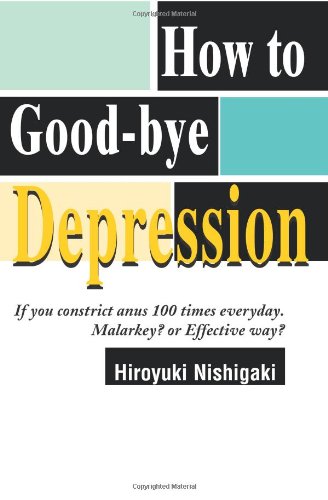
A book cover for How to Good-bye Depression: If You Constrict Anus 100 Times Everyday. Malarkey? or Effective Way?; Hiroyuki Nishigaki; Humor & Entertainment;